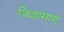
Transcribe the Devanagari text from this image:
जिज्ञासाएं